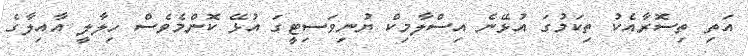
އަތި ތިސޮރާއެކު ތިކަމުގަ އުޅޭނެ އިސްލާމިކް ޔުނިވަސިޓީގަ އުޅޭ ކޮންމެވެސް ހިލާލީ އާއިލާގެ